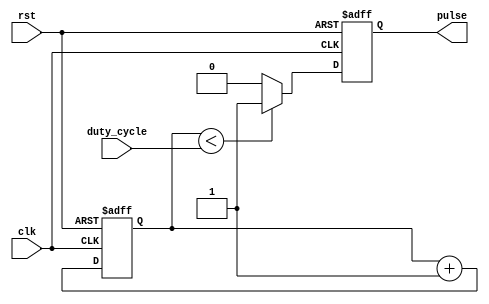
module PulseGenerator (
    input wire clk,
    input wire rst,
    input wire [7:0] duty_cycle,
    output reg pulse
);

reg [7:0] counter;

always @(posedge clk or posedge rst) begin
    if (rst) begin
        counter <= 8'h00;
        pulse <= 1'b0;
    end else begin
        counter <= counter + 1;
        if (counter < duty_cycle) begin
            pulse <= 1'b1;
        end else begin
            pulse <= 1'b0;
        end
    end
end

endmodule